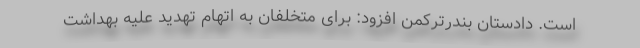
است. دادستان بندرترکمن افزود: برای متخلفان به اتهام تهدید علیه بهداشت